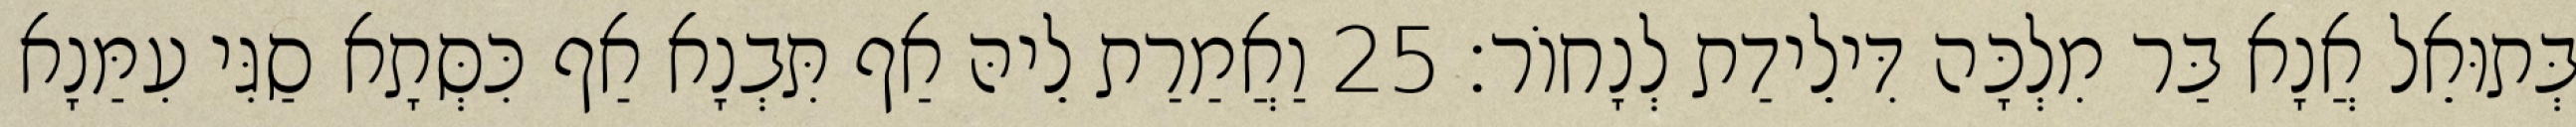
בְּתוּאֵל אֲנָא בַּר מִלְכָּה דִּילֵידַת לְנָחוֹר׃ 25 וַאֲמַרַת לֵיהּ אַף תִּבְנָא אַף כִּסְּתָא סַגִּי עִמַּנָא